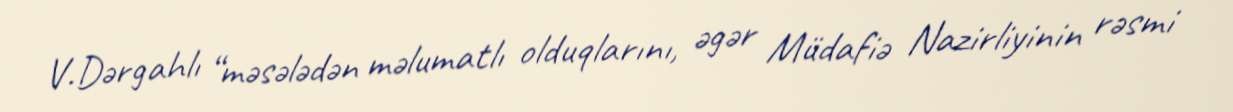
V.Dərgahlı “məsələdən məlumatlı olduqlarını, əgər Müdafiə Nazirliyinin rəsmi